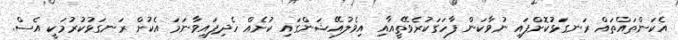
އެކަންތައްތައް ރަނގަޅުކޮށްފައި ނުވާކަން ފާހަގަކުރެވޭތީއާއި އިވެލުއޭޝަންގައި ކުށެއް ހެދިފައިވާނަމަ އެކުށް ރަނގަޅުކުރުމަކީ އެސް.